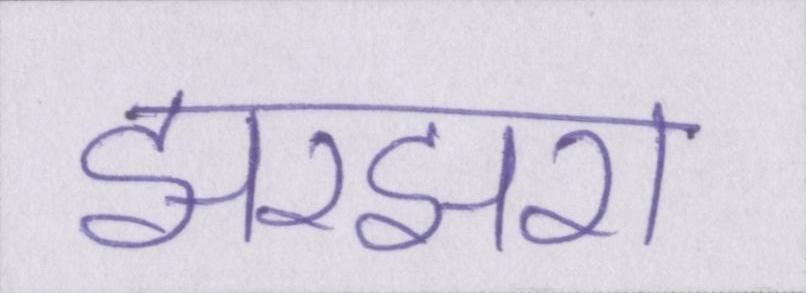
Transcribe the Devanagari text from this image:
झरझरा